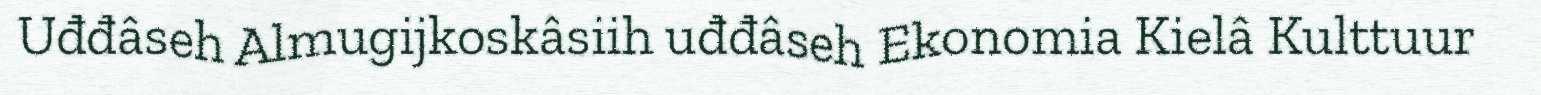
Uđđâseh Almugijkoskâsiih uđđâseh Ekonomia Kielâ Kulttuur